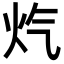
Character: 𪸕